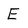
Character: E